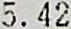
5.42